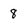
Character: 8